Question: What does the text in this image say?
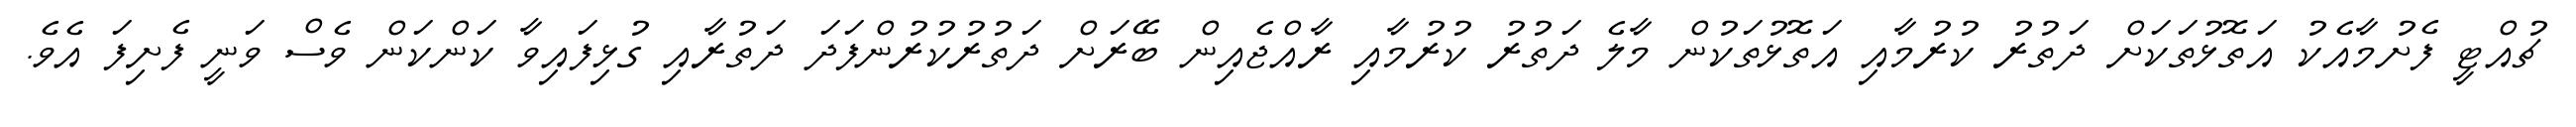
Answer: ޗުއްޓީ ފެށުމާއެކު އަތޮޅުތަކަށް ދަތުރު ކުރުމާއި އަތޮޅުތަކުން މާލެ ދަތުރު ކުރުމާއި ރާއްޖެއިން ބޭރަށް ދަތުރުކުރުންފަދަ ދަތުރާއި ގުޅިފައިވާ ކަންކަން ވެސް ވަނީ ފެށިފަ އެވެ.